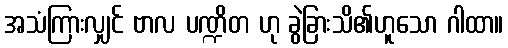
အသံကြားလျှင် ဗာလ ပဏ္ဍိတ ဟု ခွဲခြားသိ၏ဟူသော ဂါထာ။